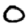
Digit: 0